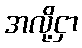
အလို့ငှာ